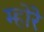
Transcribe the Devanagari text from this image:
म्होरे